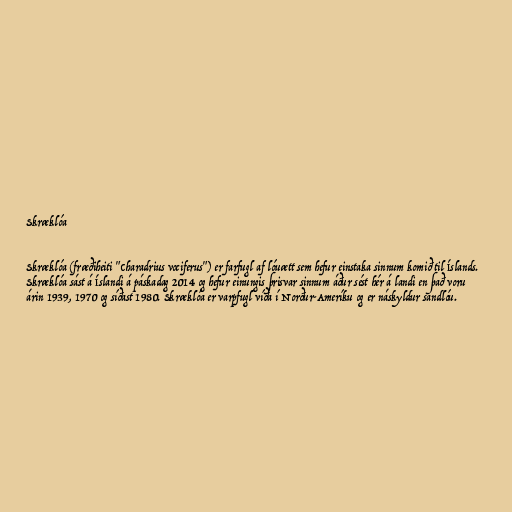
Skræklóa

Skræklóa (fræðiheiti "Charadrius vociferus") er farfugl af lóuætt sem hefur einstaka sinnum komið til Íslands.
Skræklóa sást á Íslandi á páska­dag 2014 og hefur ein­ung­is þris­var sinn­um áður sést hér á landi en það voru
árin 1939, 1970 og síðast 1980. Skræklóa er varp­fugl víða í Norður-Am­er­íku og er ná­skyld­ur sand­lóu.